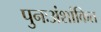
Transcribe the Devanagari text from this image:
पुनःअंशांकित